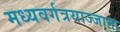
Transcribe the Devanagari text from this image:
मध्यवर्गत्रयाज्जाता